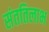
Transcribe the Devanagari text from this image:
संततिलाभ